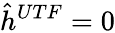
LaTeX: \hat{h}^{UTF}=0